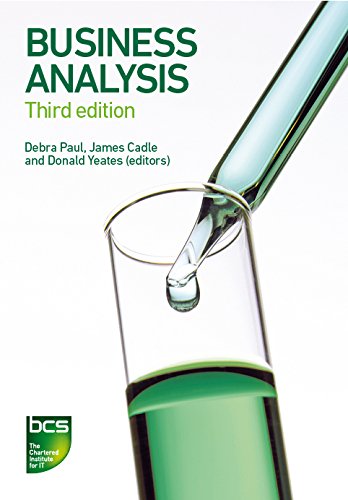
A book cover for Business Analysis; Malcolm Eva; Computers & Technology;